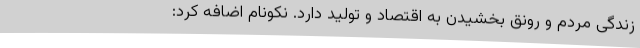
زندگی مردم و رونق بخشیدن به اقتصاد و تولید دارد. نکونام اضافه کرد: